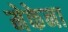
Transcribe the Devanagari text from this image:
मेकेना